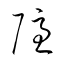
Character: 隠